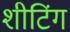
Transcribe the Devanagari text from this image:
शीटिंग